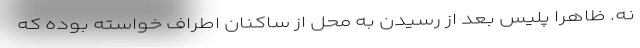
نه. ظاهرا پلیس بعد از رسیدن به محل از ساکنان اطراف خواسته بوده که